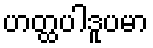
ဟတ္ထပါဒူပမာ